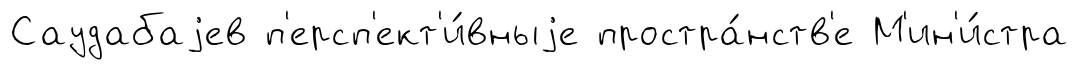
Саудабаjев п'ерсп'ект'и́вныjе простра́нств'е М'ин'и́стра